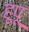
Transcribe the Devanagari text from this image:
हूपू